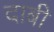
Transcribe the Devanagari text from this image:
दाबी